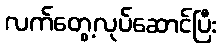
လက်တွေ့လုပ်ဆောင်ပြီး